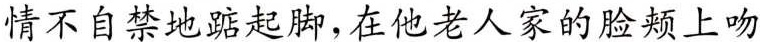
情不自禁地踮起脚，在他老人家的脸颊上吻